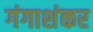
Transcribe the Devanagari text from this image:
गंगाशंकर